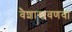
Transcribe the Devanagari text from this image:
वैशाखवणवा